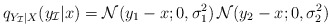
\begin{align*}q_{Y_\mathcal{I}|X}(y_\mathcal{I}|x) = \mathcal{N}(y_1-x; 0, \sigma_1^2)\,\mathcal{N}(y_2-x; 0, \sigma_2^2) \end{align*}